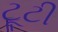
ટૂટી